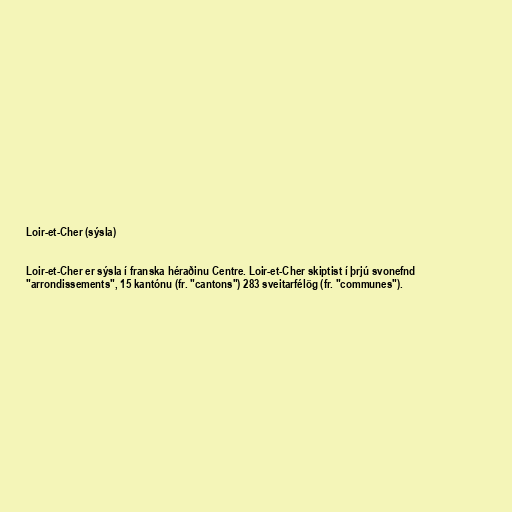
Loir-et-Cher (sýsla)

Loir-et-Cher er sýsla í franska héraðinu Centre. Loir-et-Cher skiptist í þrjú svonefnd
"arrondissements", 15 kantónu (fr. "cantons") 283 sveitarfélög (fr. "communes").